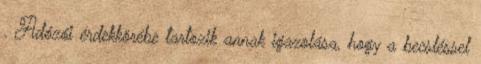
. Adózói érdekkörébe tartozik annak igazolása, hogy a becsléssel